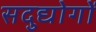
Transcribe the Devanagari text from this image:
सदुद्योगों